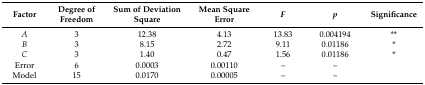
<table><thead><tr><td><b>Factor</b></td><td><b>Degree of Freedom</b></td><td><b>Sum of Deviation Square</b></td><td><b>Mean Square Error</b></td><td><b><i>F</i></b></td><td><b><i>p</i></b></td><td><b>Significance</b></td></tr></thead><tbody><tr><td><i>A</i></td><td>3</td><td>12.38</td><td>4.13</td><td>13.83</td><td>0.004194</td><td>**</td></tr><tr><td><i>B</i></td><td>3</td><td>8.15</td><td>2.72</td><td>9.11</td><td>0.01186</td><td>*</td></tr><tr><td><i>C</i></td><td>3</td><td>1.40</td><td>0.47</td><td>1.56</td><td>0.01186</td><td>*</td></tr><tr><td>Error</td><td>6</td><td>0.0003</td><td>0.00110</td><td>–</td><td>–</td><td></td></tr><tr><td>Model</td><td>15</td><td>0.0170</td><td>0.00005</td><td>–</td><td>–</td><td></td></tr></tbody></table>